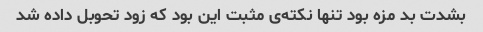
بشدت بد مزه بود تنها نکته‌ی مثبت این بود که زود تحوبل داده شد